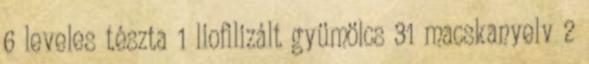
6 leveles tészta 1 liofilizált gyümölcs 31 macskanyelv 2